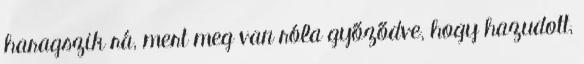
haragszik rá, mert meg van róla győződve, hogy hazudott,